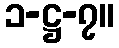
၁-ဋ္ဌ-၇။